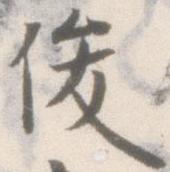
俊